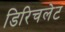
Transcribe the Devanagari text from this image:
डिरिचलेट